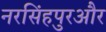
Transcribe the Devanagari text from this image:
नरसिंहपुरऔर